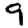
Digit: 9